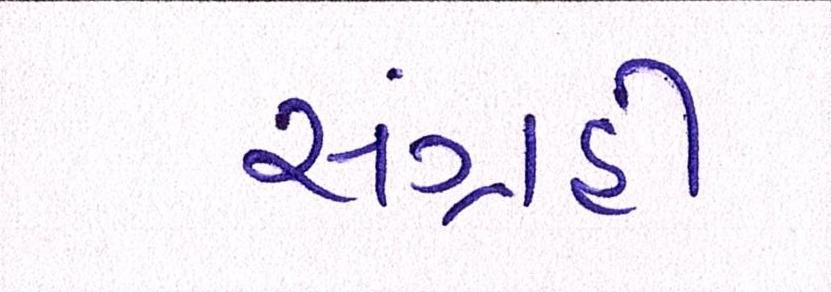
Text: સંગ્રહી